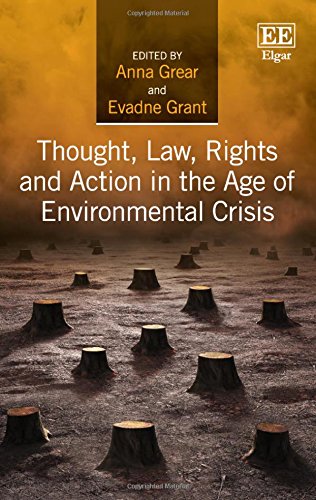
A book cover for Thought, Law, Rights and Action in the Age of Environmental Crisis; Anna Grear; Law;